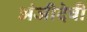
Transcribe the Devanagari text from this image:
अंजीदेवी